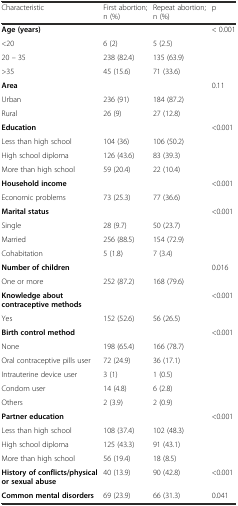
<table><thead><tr><td><b>Characteristic</b></td><td><b>First abortion; n (%)</b></td><td><b>Repeat abortion; n (%)</b></td><td><b>p</b></td></tr></thead><tbody><tr><td><b>Age (years)</b></td><td>[EMPTY_CELL]</td><td>[EMPTY_CELL]</td><td>&lt; 0.001</td></tr><tr><td>&lt;20</td><td>6 (2)</td><td>5 (2.5)</td><td>[EMPTY_CELL]</td></tr><tr><td>20 – 35</td><td>238 (82.4)</td><td>135 (63.9)</td><td>[EMPTY_CELL]</td></tr><tr><td>&gt;35</td><td>45 (15.6)</td><td>71 (33.6)</td><td>[EMPTY_CELL]</td></tr><tr><td><b>Area</b></td><td>[EMPTY_CELL]</td><td>[EMPTY_CELL]</td><td>0.11</td></tr><tr><td>Urban</td><td>236 (91)</td><td>184 (87.2)</td><td>[EMPTY_CELL]</td></tr><tr><td>Rural</td><td>26 (9)</td><td>27 (12.8)</td><td>[EMPTY_CELL]</td></tr><tr><td><b>Education</b></td><td>[EMPTY_CELL]</td><td>[EMPTY_CELL]</td><td>&lt;0.001</td></tr><tr><td>Less than high school</td><td>104 (36)</td><td>106 (50.2)</td><td>[EMPTY_CELL]</td></tr><tr><td>High school diploma</td><td>126 (43.6)</td><td>83 (39.3)</td><td>[EMPTY_CELL]</td></tr><tr><td>More than high school</td><td>59 (20.4)</td><td>22 (10.4)</td><td>[EMPTY_CELL]</td></tr><tr><td><b>Household income</b></td><td>[EMPTY_CELL]</td><td>[EMPTY_CELL]</td><td>&lt;0.001</td></tr><tr><td>Economic problems</td><td>73 (25.3)</td><td>77 (36.6)</td><td>[EMPTY_CELL]</td></tr><tr><td><b>Marital status</b></td><td>[EMPTY_CELL]</td><td>[EMPTY_CELL]</td><td>&lt;0.001</td></tr><tr><td>Single</td><td>28 (9.7)</td><td>50 (23.7)</td><td>[EMPTY_CELL]</td></tr><tr><td>Married</td><td>256 (88.5)</td><td>154 (72.9)</td><td>[EMPTY_CELL]</td></tr><tr><td>Cohabitation</td><td>5 (1.8)</td><td>7 (3.4)</td><td>[EMPTY_CELL]</td></tr><tr><td><b>Number of children</b></td><td>[EMPTY_CELL]</td><td>[EMPTY_CELL]</td><td>0.016</td></tr><tr><td>One or more</td><td>252 (87.2)</td><td>168 (79.6)</td><td>[EMPTY_CELL]</td></tr><tr><td><b>Knowledge about contraceptive methods</b></td><td>[EMPTY_CELL]</td><td>[EMPTY_CELL]</td><td>&lt;0.001</td></tr><tr><td>Yes</td><td>152 (52.6)</td><td>56 (26.5)</td><td>[EMPTY_CELL]</td></tr><tr><td><b>Birth control method</b></td><td>[EMPTY_CELL]</td><td>[EMPTY_CELL]</td><td>&lt;0.001</td></tr><tr><td>None</td><td>198 (65.4)</td><td>166 (78.7)</td><td>[EMPTY_CELL]</td></tr><tr><td>Oral contraceptive pills user</td><td>72 (24.9)</td><td>36 (17.1)</td><td>[EMPTY_CELL]</td></tr><tr><td>Intrauterine device user</td><td>3 (1)</td><td>1 (0.5)</td><td>[EMPTY_CELL]</td></tr><tr><td>Condom user</td><td>14 (4.8)</td><td>6 (2.8)</td><td>[EMPTY_CELL]</td></tr><tr><td>Others</td><td>2 (3.9)</td><td>2 (0.9)</td><td>[EMPTY_CELL]</td></tr><tr><td><b>Partner education</b></td><td>[EMPTY_CELL]</td><td>[EMPTY_CELL]</td><td>&lt;0.001</td></tr><tr><td>Less than high school</td><td>108 (37.4)</td><td>102 (48.3)</td><td>[EMPTY_CELL]</td></tr><tr><td>High school diploma</td><td>125 (43.3)</td><td>91 (43.1)</td><td>[EMPTY_CELL]</td></tr><tr><td>More than high school</td><td>56 (19.4)</td><td>18 (8.5)</td><td>[EMPTY_CELL]</td></tr><tr><td><b>History of conflicts/physical or sexual abuse</b></td><td>40 (13.9)</td><td>90 (42.8)</td><td>&lt;0.001</td></tr><tr><td><b>Common mental disorders</b></td><td>69 (23.9)</td><td>66 (31.3)</td><td>0.041</td></tr></tbody></table>